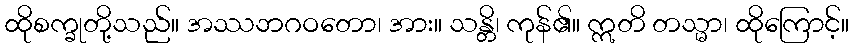
ထိုစက္ခုတို့သည်။ အဿဘဂဝတော၊ အား။ သန္တိ၊ ကုန်၏။ ဣတိ တသ္မာ၊ ထိုကြောင့်။